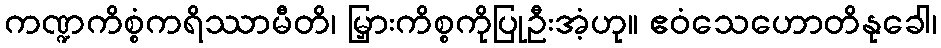
ကဏ္ဍကိစ္စံကရိဿာမီတိ၊ မြှားကိစ္စကိုပြုဦးအံ့ဟု။ ဧဝံသေဟောတိနုခေါ၊